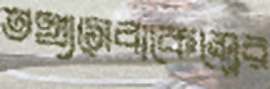
তথ্যসেবাকেন্দ্রের